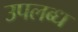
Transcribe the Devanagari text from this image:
उपलब्‍ध्‍ा